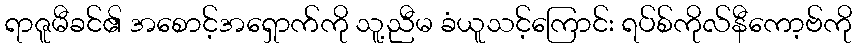
ရာဇူမီခင်၏ အစောင့်အရှောက်ကို သူ့ညီမ ခံယူသင့်ကြောင်း ရပ်စ်ကိုလ်နီကော့ဗ်ကို